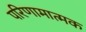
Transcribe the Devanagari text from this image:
परिणामात्‍मक